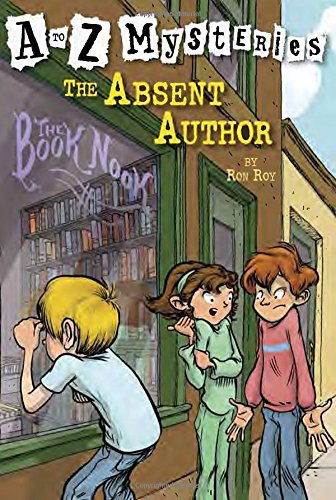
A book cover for The Absent Author (A to Z Mysteries); Ron Roy; Children's Books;